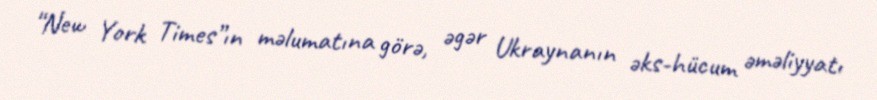
“New York Times”ın məlumatına görə, əgər Ukraynanın əks-hücum əməliyyatı